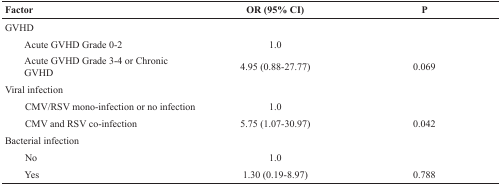
<table><thead><tr><td><b>Factor</b></td><td><b>OR (95% CI)</b></td><td><b><i>P</i></b></td></tr></thead><tbody><tr><td><b>GVHD</b></td><td></td><td></td></tr><tr><td>Acute GVHD Grade 0-2</td><td>1.0</td><td></td></tr><tr><td>Acute GVHD Grade 3-4 or Chronic GVHD</td><td>4.95 (0.88-27.77)</td><td>0.069</td></tr><tr><td><b>Viral infection</b></td><td></td><td></td></tr><tr><td>CMV/RSV mono-infection or no infection</td><td>1.0</td><td></td></tr><tr><td>CMV and RSV co-infection</td><td>5.75 (1.07-30.97)</td><td>0.042</td></tr><tr><td><b>Bacterial infection</b></td><td></td><td></td></tr><tr><td>No</td><td>1.0</td><td></td></tr><tr><td>Yes</td><td>1.30 (0.19-8.97)</td><td>0.788</td></tr></tbody></table>